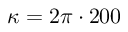
\kappa = 2 \pi \cdot 2 0 0